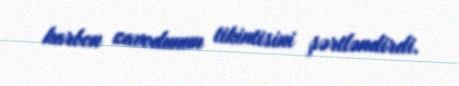
karbon zavodunun tikintisini şərtləndirdi.